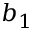
b _ { 1 }